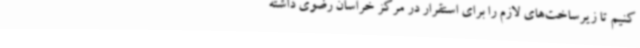
کنیم تا زیرساخت‌های لازم را برای استقرار در مرکز خراسان رضوی داشته